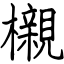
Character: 櫬